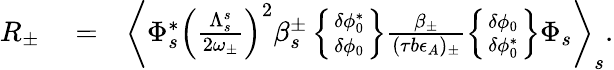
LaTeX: \begin{array}{rlr}{R_{\pm}}&{{}=}&{\left\langle\Phi_{s}^{*}\left(\frac{\Lambda_{s}^{s}}{2\omega_{\pm}}\right)^{2}\beta_{s}^{\pm}\left\{ \delta\phi_{0}^{*}\atop\delta\phi_{0}\right\} \frac{\beta_{\pm}}{(\tau b\epsilon_{A})_{\pm}}\left\{ \delta\phi_{0}\atop\delta\phi_{0}^{*}\right\} \Phi_{s}\right\rangle_{s}.}\end{array}